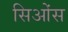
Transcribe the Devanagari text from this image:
सिओंस